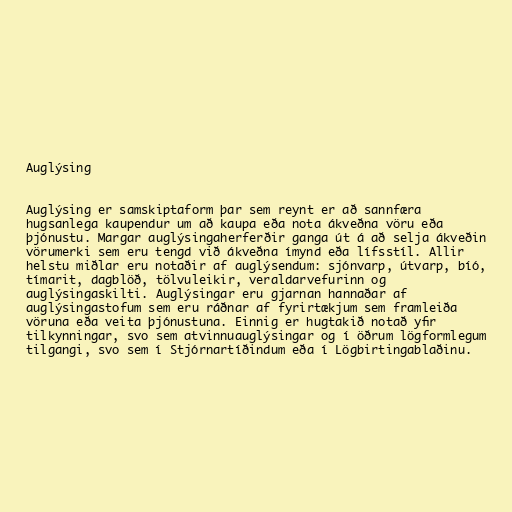
Auglýsing

Auglýsing er samskiptaform þar sem reynt er að sannfæra
hugsanlega kaupendur um að kaupa eða nota ákveðna vöru eða
þjónustu. Margar auglýsingaherferðir ganga út á að selja ákveðin
vörumerki sem eru tengd við ákveðna ímynd eða lífsstíl. Allir
helstu miðlar eru notaðir af auglýsendum: sjónvarp, útvarp, bíó,
tímarit, dagblöð, tölvuleikir, veraldarvefurinn og
auglýsingaskilti. Auglýsingar eru gjarnan hannaðar af
auglýsingastofum sem eru ráðnar af fyrirtækjum sem framleiða
vöruna eða veita þjónustuna. Einnig er hugtakið notað yfir
tilkynningar, svo sem atvinnuauglýsingar og í öðrum lögformlegum
tilgangi, svo sem í Stjórnartíðindum eða í Lögbirtingablaðinu.